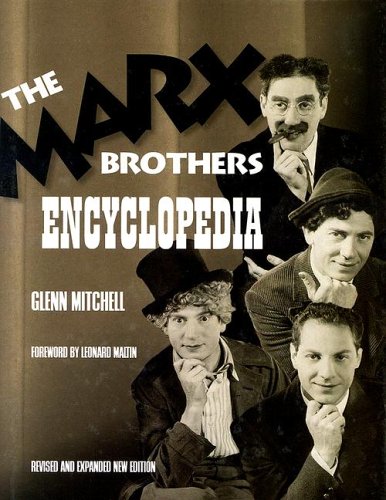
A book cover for The Marx Brothers Encyclopedia; Glenn Mitchell; Humor & Entertainment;